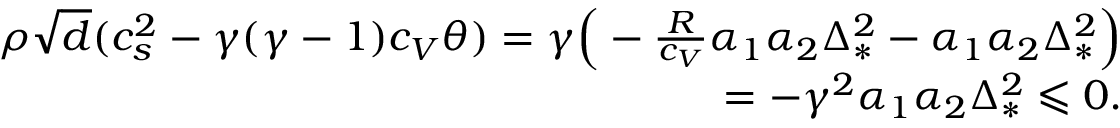
\begin{array} { r } { \rho \sqrt { d } ( c _ { s } ^ { 2 } - \gamma ( \gamma - 1 ) c _ { V } \theta ) = \gamma \Big ( - \frac { R } { c _ { V } } \alpha _ { 1 } \alpha _ { 2 } \Delta _ { * } ^ { 2 } - \alpha _ { 1 } \alpha _ { 2 } \Delta _ { * } ^ { 2 } \Big ) } \\ { = - \gamma ^ { 2 } \alpha _ { 1 } \alpha _ { 2 } \Delta _ { * } ^ { 2 } \leqslant 0 . } \end{array}